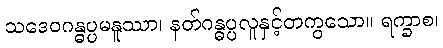
သဒေဝဂန္ဓပ္ပမနူဿာ၊ နတ်ဂန္ဓပ္ပလူနှင့်တကွသော။ ရက္ခာစ၊